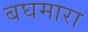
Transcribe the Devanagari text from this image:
बघमारा